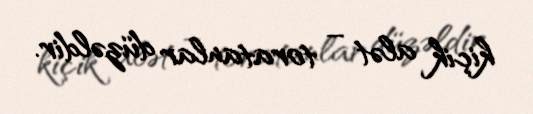
kiçik alət – toratanlar düzəldir.